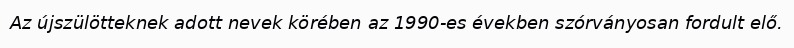
Az újszülötteknek adott nevek körében az 1990-es években szórványosan fordult elő.